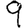
Digit: 9